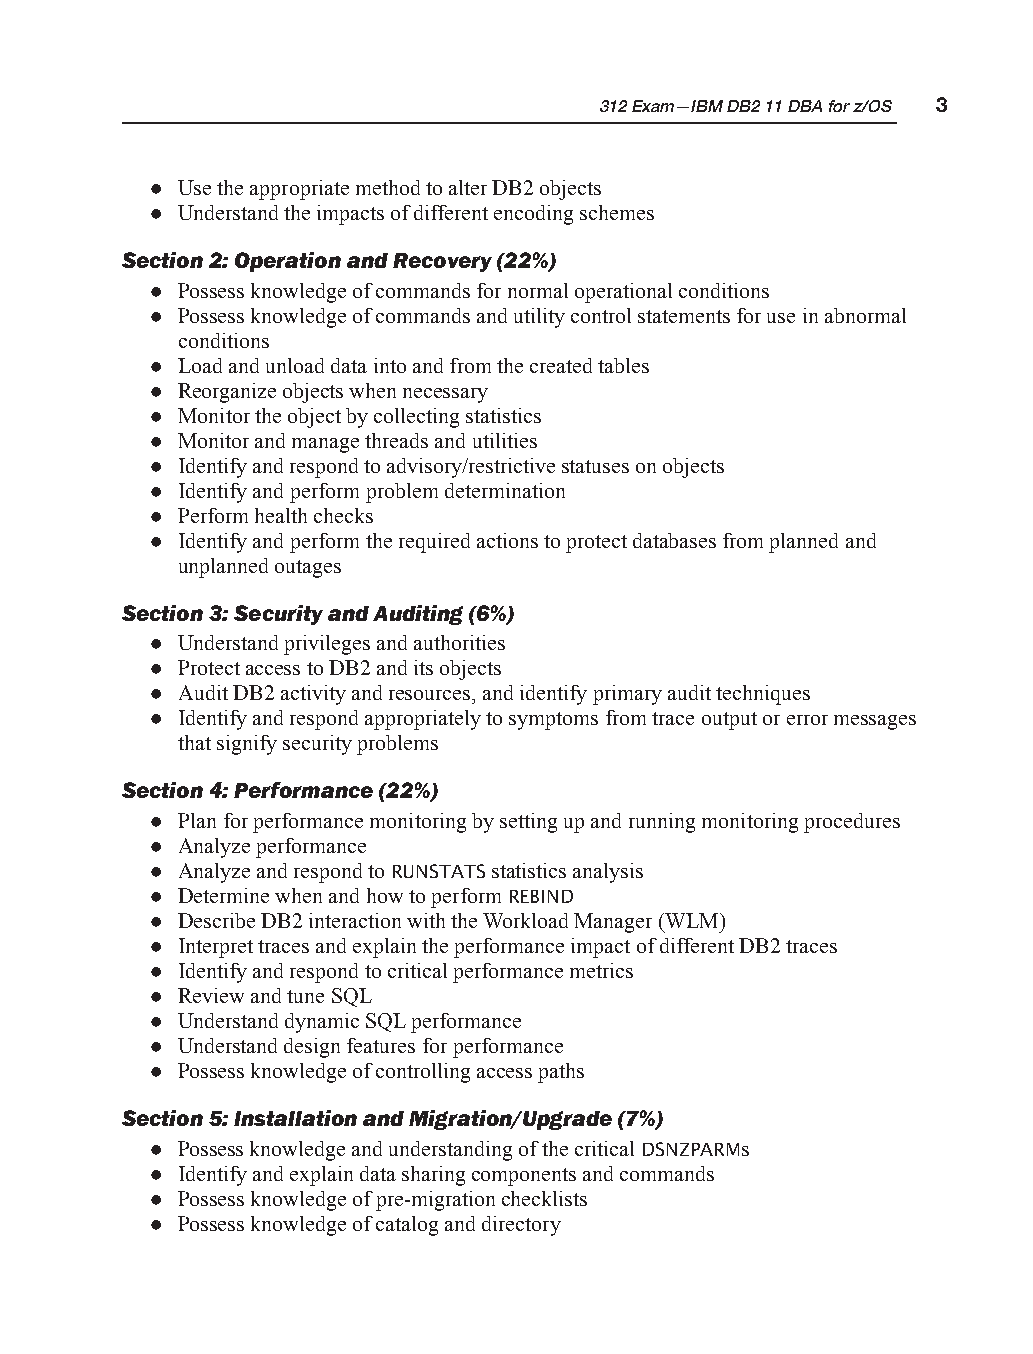
312 Exam—IBM DB2 11 DBA for z/OS 3
 z Use the appropriate method to alter DB2 objects
 z Understand the impacts of different encoding schemes
 Section 2: Operation and Recovery (22%)
 z Possess knowledge of commands for normal operational conditions
 z Possess knowledge of commands and utility control statements for use in abnormal
 conditions
 z Load and unload data into and from the created tables
 z Reorganize objects when necessary
 z Monitor the object by collecting statistics
 z Monitor and manage threads and utilities
 z Identify and respond to advisory/restrictive statuses on objects
 z Identify and perform problem determination
 z Perform health checks
 z Identify and perform the required actions to protect databases from planned and
 unplanned outages
 Section 3: Security and Auditing (6%)
 z Understand privileges and authorities
 z Protect access to DB2 and its objects
 z Audit DB2 activity and resources, and identify primary audit techniques
 z Identify and respond appropriately to symptoms from trace output or error messages
 that signify security problems
 Section 4: Performance (22%)
 z Plan for performance monitoring by setting up and running monitoring procedures
 z Analyze performance
 z Analyze and respond to RUNSTATS statistics analysis
 z Determine when and how to perform REBIND
 z Describe DB2 interaction with the Workload Manager (WLM)
 z Interpret traces and explain the performance impact of different DB2 traces
 z Identify and respond to critical performance metrics
 z Review and tune SQL
 z Understand dynamic SQL performance
 z Understand design features for performance
 z Possess knowledge of controlling access paths
 Section 5: Installation and Migration/Upgrade (7%)
 z Possess knowledge and understanding of the critical DSNZPARMs
 z Identify and explain data sharing components and commands
 z Possess knowledge of pre-migration checklists
 z Possess knowledge of catalog and directory